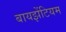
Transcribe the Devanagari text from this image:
बायझेंटियम